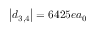
\left| \boldsymbol d _ { 3 , 4 } \right| = 6 4 2 5 e a _ { 0 }